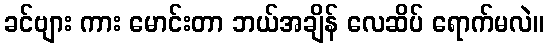
ခင်ဗျား ကား မောင်းတာ ဘယ်အချိန် လေဆိပ် ရောက်မလဲ။